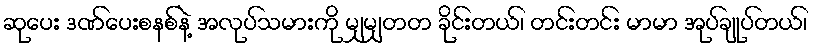
ဆုပေး ဒဏ်ပေးစနစ်နဲ့ အလုပ်သမားကို မျှမျှတတ ခိုင်းတယ်၊ တင်းတင်း မာမာ အုပ်ချုပ်တယ်၊